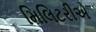
મિલિટરીએ